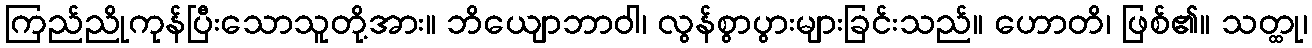
ကြည်ညိုကုန်ပြီးသောသူတို့အား။ ဘိယျောဘာဝါ၊ လွန်စွာပွားများခြင်းသည်။ ဟောတိ၊ ဖြစ်၏။ သတ္ထု၊